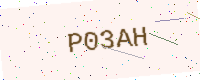
Text: P03AH